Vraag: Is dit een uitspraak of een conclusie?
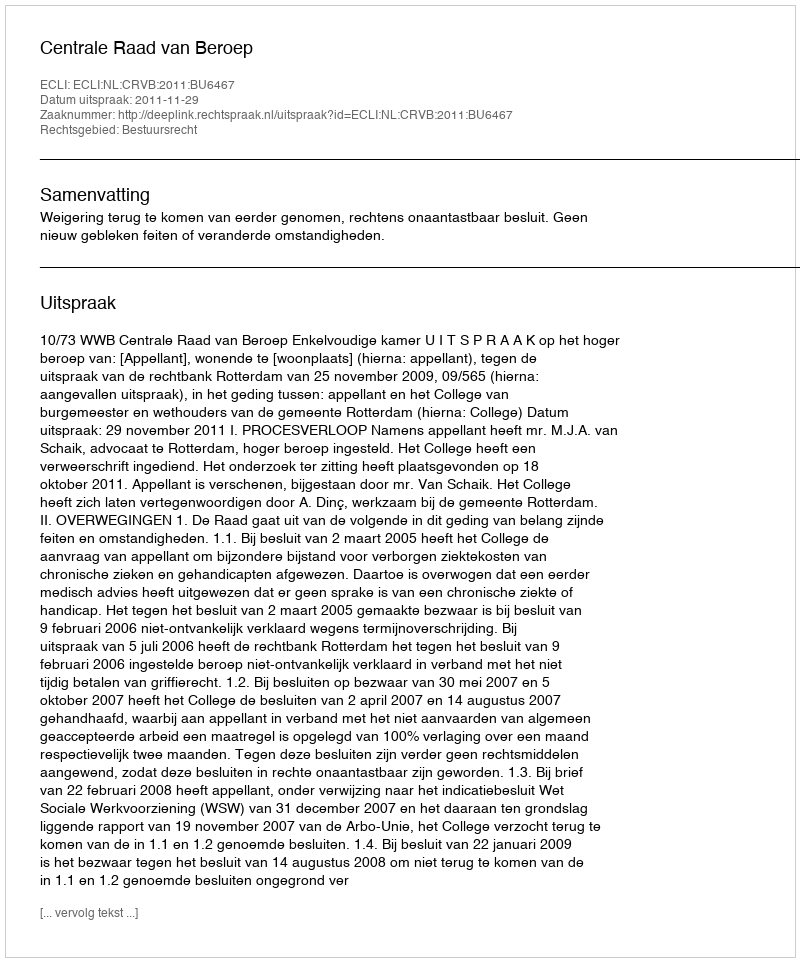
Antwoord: Uitspraak